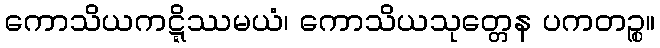
ကောသိယကဋ္ဋိဿမယံ၊ ကောသိယသုတ္တေန ပကတဉ္စ။